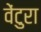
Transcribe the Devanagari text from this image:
वेंटुरा